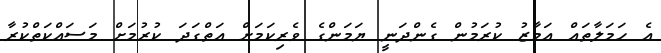
އެ ހަމަލާތައް އަމާޒު ކުރަމުން ގެންދަނީ ޔަމަންގެ ވެރިކަމަށް އަތްގަދަ ކުރުމަށް މަސައްކަތްކުރާ